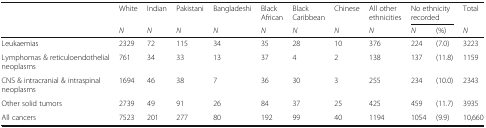
<table><thead><tr><td rowspan="2"></td><td><b>White</b></td><td><b>Indian</b></td><td><b>Pakistani</b></td><td><b>Bangladeshi</b></td><td><b>Black African</b></td><td><b>Black Caribbean</b></td><td><b>Chinese</b></td><td><b>All other ethnicities</b></td><td colspan="2"><b>No ethnicity recorded</b></td><td><b>Total</b></td></tr><tr><td><b><i>N</i></b></td><td><b><i>N</i></b></td><td><b><i>N</i></b></td><td><b><i>N</i></b></td><td><b><i>N</i></b></td><td><b><i>N</i></b></td><td><b><i>N</i></b></td><td><b><i>N</i></b></td><td><b><i>N</i></b></td><td><b>(%)</b></td><td><b><i>N</i></b></td></tr></thead><tbody><tr><td>Leukaemias</td><td>2329</td><td>72</td><td>115</td><td>34</td><td>35</td><td>28</td><td>10</td><td>376</td><td>224</td><td>(7.0)</td><td>3223</td></tr><tr><td>Lymphomas &amp; reticuloendothelial neoplasms</td><td>761</td><td>34</td><td>33</td><td>13</td><td>37</td><td>4</td><td>2</td><td>138</td><td>137</td><td>(11.8)</td><td>1159</td></tr><tr><td>CNS &amp; intracranial &amp; intraspinal neoplasms</td><td>1694</td><td>46</td><td>38</td><td>7</td><td>36</td><td>30</td><td>3</td><td>255</td><td>234</td><td>(10.0)</td><td>2343</td></tr><tr><td>Other solid tumors</td><td>2739</td><td>49</td><td>91</td><td>26</td><td>84</td><td>37</td><td>25</td><td>425</td><td>459</td><td>(11.7)</td><td>3935</td></tr><tr><td>All cancers</td><td>7523</td><td>201</td><td>277</td><td>80</td><td>192</td><td>99</td><td>40</td><td>1194</td><td>1054</td><td>(9.9)</td><td>10,660</td></tr></tbody></table>